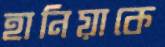
হানিয়াকে